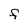
Character: F